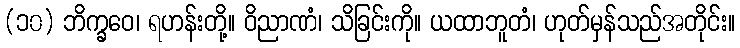
(၁၀) ဘိက္ခဝေ၊ ရဟန်းတို့။ ဝိညာဏံ၊ သိခြင်းကို။ ယထာဘူတံ၊ ဟုတ်မှန်သည်အတိုင်း။